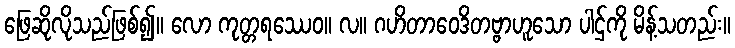
ဖြေဆိုလိုသည်ဖြစ်၍။ လော ကုတ္တရဿေဝ။ လ။ ဂဟိတာဝေဒိတဗ္ဗာဟူသော ပါဌ်ကို မိန့်သတည်း။